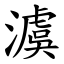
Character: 澞